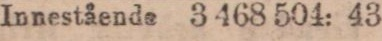
Innestående 3 468 504: 43